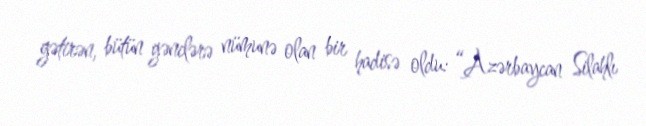
gətirən, bütün gənclərə nümunə olan bir hadisə oldu: “Azərbaycan Silahlı